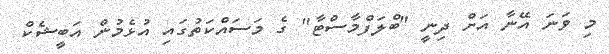
މި ވަނަ އޭނާ އަށް ދިނީ "ބްލަފްމާސްޓާ" ގެ މަސައްކަތުގައި އުޅެމުން އަބީޝެކް